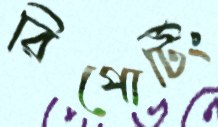
রিপোর্টিং